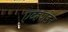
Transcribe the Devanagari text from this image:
एव्हर्णडेन